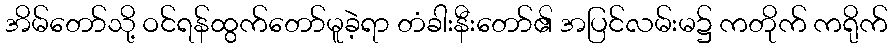
အိမ်တော်သို့ ဝင်ရန်ထွက်တော်မူခဲ့ရာ တံခါးနီးတော်၏ အပြင်လမ်းမ၌ ကတိုက် ကရိုက်